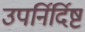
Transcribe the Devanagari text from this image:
उपर्निर्दिष्ट